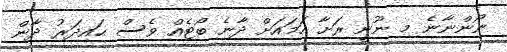
ނޯންނާނެ މި ނޫނީ ރަށާ ހަމައަށް ދާނެ ބޯޓެއް ވެސް ޙައިދަރު ދާން